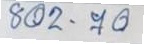
802 - 70